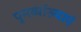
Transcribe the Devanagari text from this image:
पुनर्व्याख्याएं